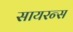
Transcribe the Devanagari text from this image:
सायरन्स